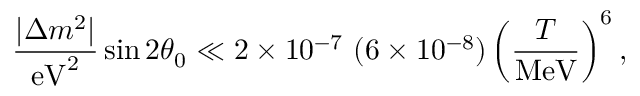
\frac { | \Delta m ^ { 2 } | } { \mathrm { e V } ^ { 2 } } \sin 2 \theta _ { 0 } \ll 2 \times 1 0 ^ { - 7 } \ ( 6 \times 1 0 ^ { - 8 } ) \left( \frac { T } { \mathrm { M e V } } \right) ^ { 6 } ,